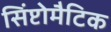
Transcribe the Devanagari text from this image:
सिंप्टोमैटिक